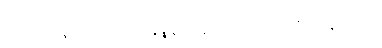
ဋ္ဌ-ဒု-အုပ်-၇၂။ ။ နေရာမက်မော ဘေးထူပြော